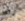
لها